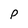
Character: P